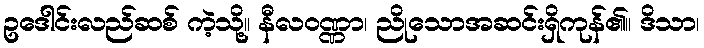
ဥဒေါင်းလည်ဆစ် ကဲ့သို့။ နီလဝဏ္ဏာ၊ ညိုသောအဆင်းရှိကုန်၏။ ဒိသာ၊